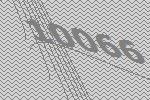
10066